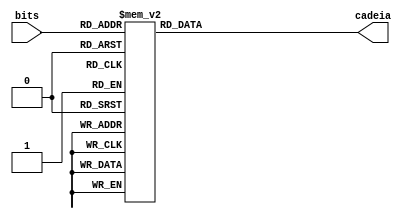
module DecodificadorDisplay(bits, cadeia);

	input [3:0] bits;
	output reg [27:0] cadeia;
	
	always @(bits) begin
		case(bits)
			4'b0000: cadeia = 28'b0110000010010000110001111111;
			4'b0001:	cadeia = 28'b0110001011000011111111111111;
			4'b0010:	cadeia = 28'b0110001111000111111111111111;
			4'b0011: cadeia = 28'b0110001011000111111111111111;
			4'b0100: cadeia = 28'b0110001000100011111111111111;
			4'b0101: cadeia = 28'b0100100000100011111111111111;
			4'b0110: cadeia = 28'b0100100011000111111111111111;
			4'b0111: cadeia = 28'b0111000011000111111111111111;
			4'b1000: cadeia = 28'b1111111111111111111110000001;
			4'b1001: cadeia = 28'b1111111111111111111110010010;
			4'b1010: cadeia = 28'b1111111111111111111111001100;
			4'b1011: cadeia = 28'b1111111111111111111110100100;
			4'b1100: cadeia = 28'b1111111111111111111110100000;
			4'b1101: cadeia = 28'b1111111111111111111110000000;
			4'b1110: cadeia = 28'b0011000000100001000010000001;
			4'b1111: cadeia = 28'b1111111111111111111111111111;
		endcase
	end
endmodule